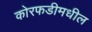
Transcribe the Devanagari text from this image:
कोरफडीमधील